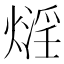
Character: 𤎛